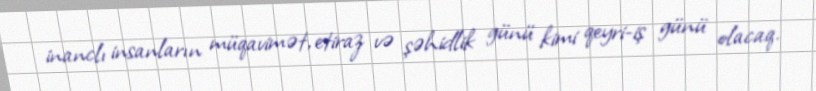
inanclı insanların müqavimət, etiraz və şəhidlik günü kimi qeyri-iş günü olacaq.